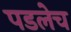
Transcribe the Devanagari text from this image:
पडलेच